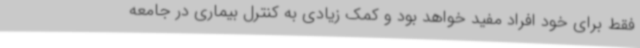
فقط برای خود افراد مفید خواهد بود و کمک زیادی به کنترل بیماری در جامعه